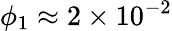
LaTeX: \phi_{1}\approx 2\times 10^{-2}